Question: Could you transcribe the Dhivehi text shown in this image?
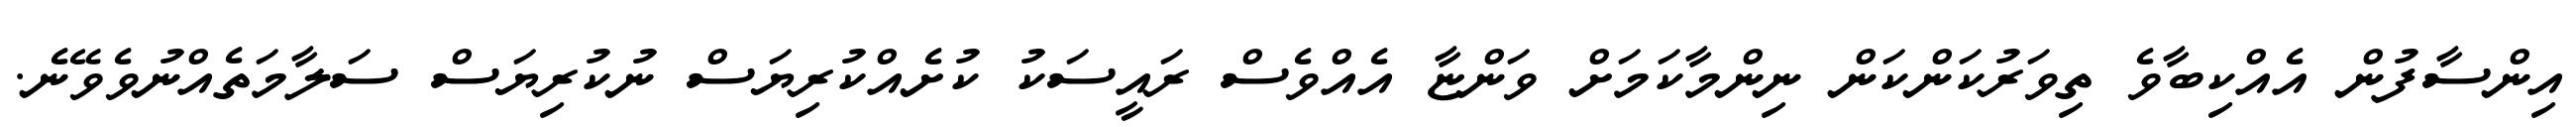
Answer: އިންސާފުން އެއްކިބާވެ ތިވަރުކަންކަން ނިންމާކަމަށް ވަންޏާ އެއްވެސް ރައީސަކު ކުށެއްކުރިޔަސް ނުކުރިޔަސް ސަލާމަތެއްނުވެވޭނެ.